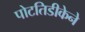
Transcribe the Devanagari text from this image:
पोटतिडीकेने